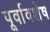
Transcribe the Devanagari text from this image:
पूर्वावशेष